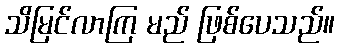
သိမြင်လာကြ မည် ဖြစ်ပေသည်။